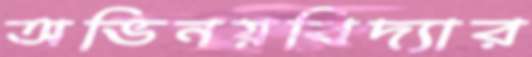
অভিনয়বিদ্যার